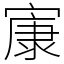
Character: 㝩